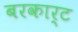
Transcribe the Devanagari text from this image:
बरकार्ट